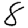
Digit: 8